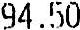
94.50